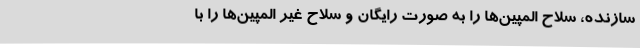
سازنده، سلاح المپین‌ها را به صورت رایگان و سلاح غیر المپین‌ها را با